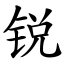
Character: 锐